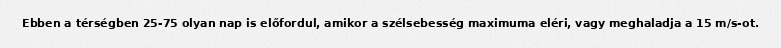
Ebben a térségben 25-75 olyan nap is előfordul, amikor a szélsebesség maximuma eléri, vagy meghaladja a 15 m/s-ot.